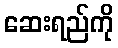
ဆေးရည်ကို